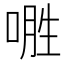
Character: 𱓢